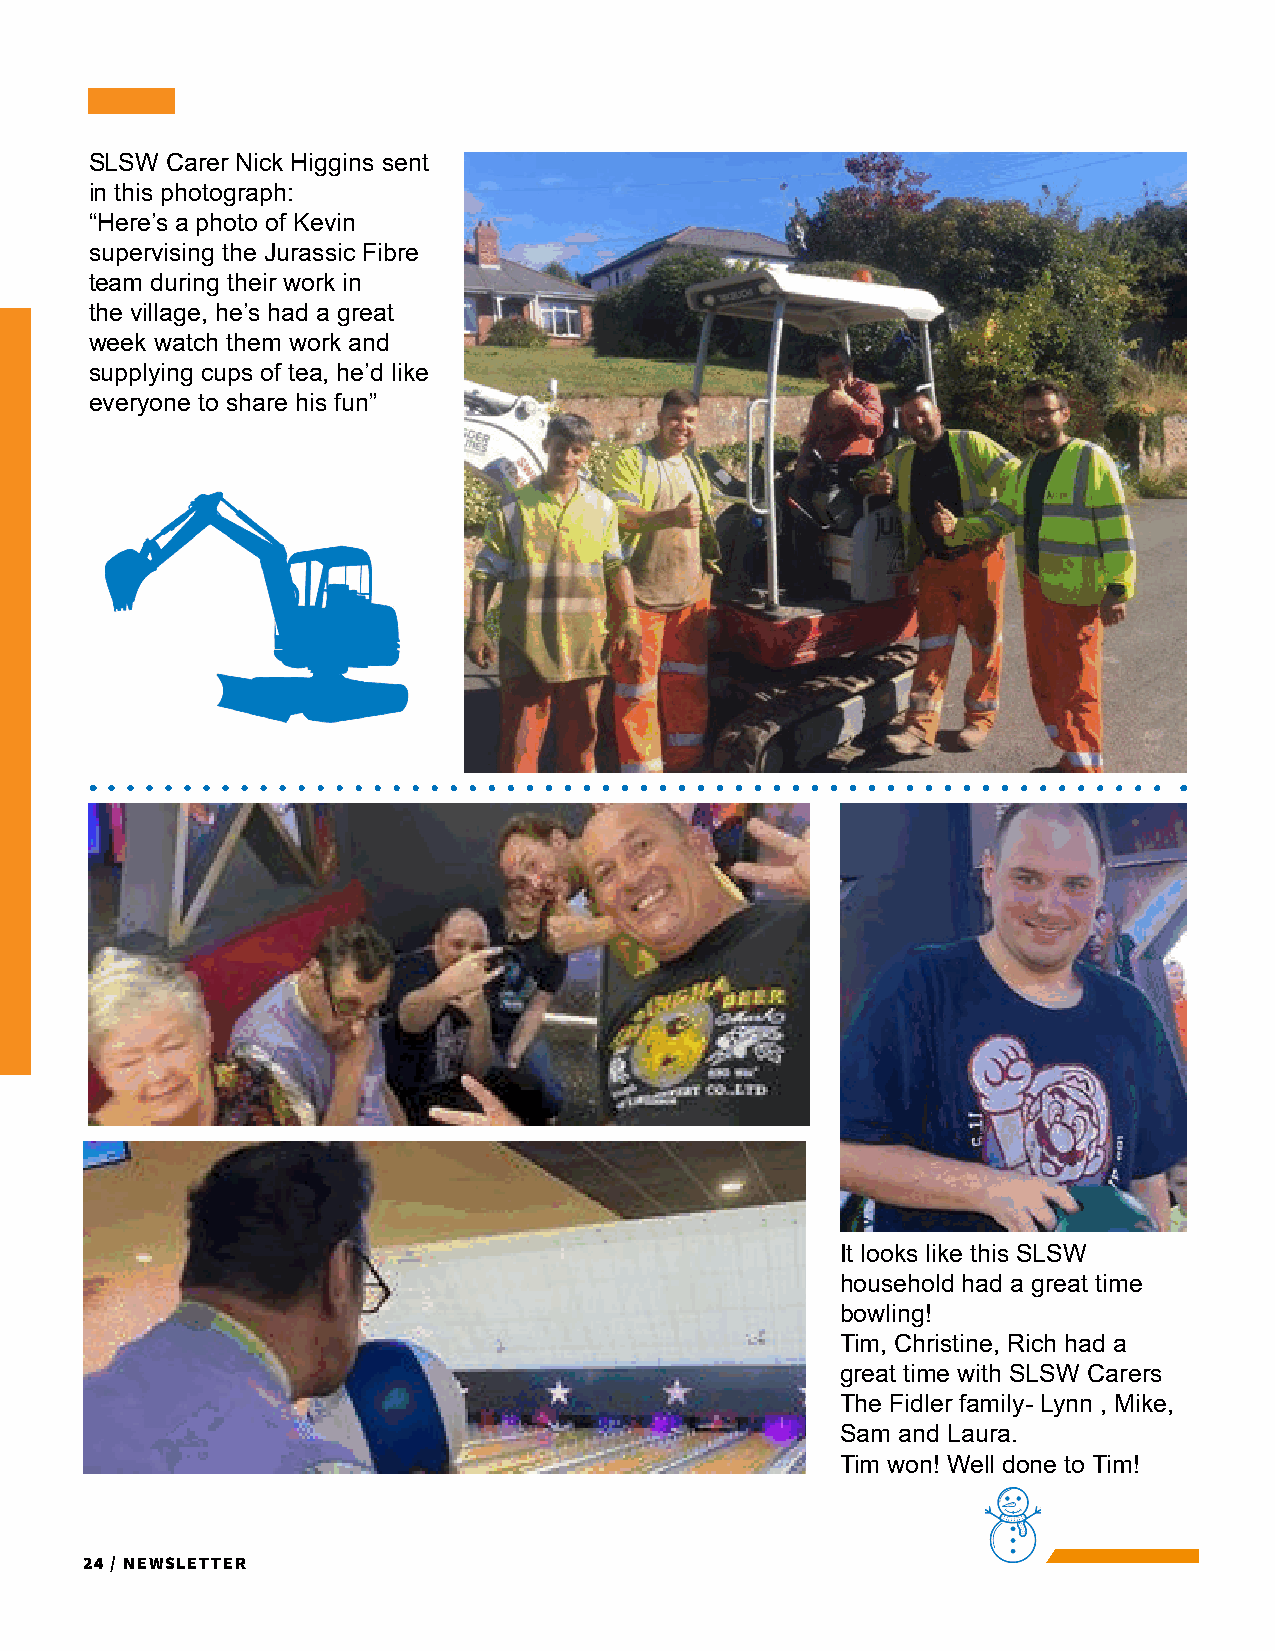
SLSW Carer Nick Higgins sent
 in this photograph:
 “Here’s a photo of Kevin
 supervising the Jurassic Fibre
 team during their work in
 the village, he’s had a great
 week watch them work and
 supplying cups of tea, he’d like
 everyone to share his fun”
 It looks like this SLSW
 household had a great time
 bowling!
 Tim, Christine, Rich had a
 great time with SLSW Carers
 The Fidler family- Lynn , Mike,
 Sam and Laura.
 Tim won! Well done to Tim!
 24 / Newsletter